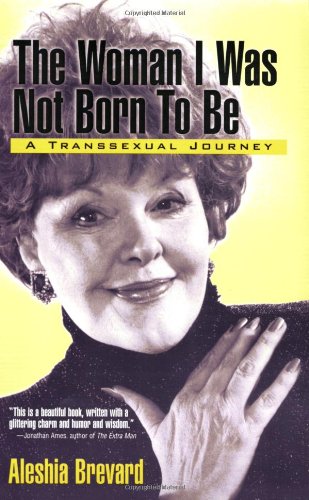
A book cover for Woman I Was Not Born To Be: A Transsexual Journey; Aleshia Brevard; Gay & Lesbian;